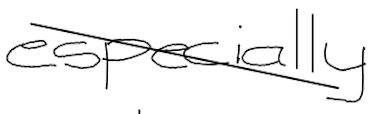
Text: especially
Cross-out: diagonal
Writing tool: digital_black